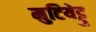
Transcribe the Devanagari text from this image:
मुटियेट्टु